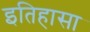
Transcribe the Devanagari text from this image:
इतिहासा